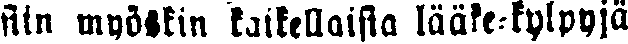
siin myöskin kaikellaisia lääke-kylpyjä